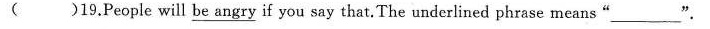
( )19.People will be angry if you say that. The underlined phrase means"_"